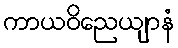
ကာယဝိညေယျာနံ